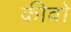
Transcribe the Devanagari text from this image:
कीवो